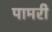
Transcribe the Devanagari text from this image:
पामरी